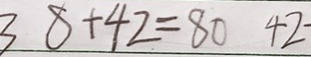
3 8 + 4 2 = 8 0 4 2 -